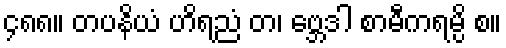
၄၈၈။ တပနိယံ ဟိရညံ တ၊ ဗ္ဘေဒါ စာမီကရမ္ပိ စ။